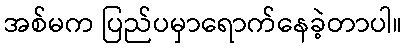
အစ်မက ပြည်ပမှာရောက်နေခဲ့တာပါ။